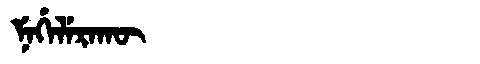
Manchu: ᠨᡝᡤᡝᠯᡝᡵᠠᡴᡡ
Romanization: NEGELERAKŪ